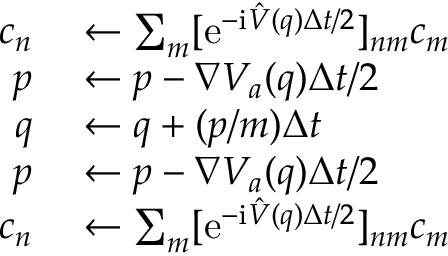
\begin{array} { r l } { c _ { n } } & { { } \leftarrow \sum _ { m } [ \mathrm { e } ^ { - \mathrm { i } \hat { V } ( q ) \Delta t / 2 } ] _ { n m } c _ { m } } \\ { p } & { { } \leftarrow p - \nabla V _ { a } ( q ) \Delta t / 2 } \\ { q } & { { } \leftarrow q + ( p / m ) \Delta t } \\ { p } & { { } \leftarrow p - \nabla V _ { a } ( q ) \Delta t / 2 } \\ { c _ { n } } & { { } \leftarrow \sum _ { m } [ \mathrm { e } ^ { - \mathrm { i } \hat { V } ( q ) \Delta t / 2 } ] _ { n m } c _ { m } } \end{array}